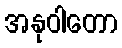
အနုဝါတော